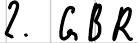
2. GBR